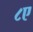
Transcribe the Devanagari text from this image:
८ए